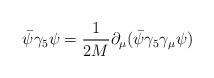
\begin{align*}\bar{\psi} \gamma_{5} \psi = \frac{1}{2M} \partial_{\mu} (\bar{\psi} \gamma_{5} \gamma_{\mu} \psi) \end{align*}